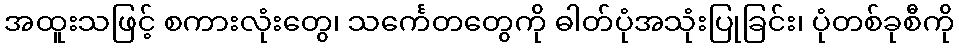
အထူးသဖြင့် စကားလုံးတွေ၊ သင်္ကေတတွေကို ဓါတ်ပုံအသုံးပြုခြင်း၊ ပုံတစ်ခုစီကို